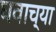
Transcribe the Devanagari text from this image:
घवाच्या